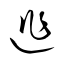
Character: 逃